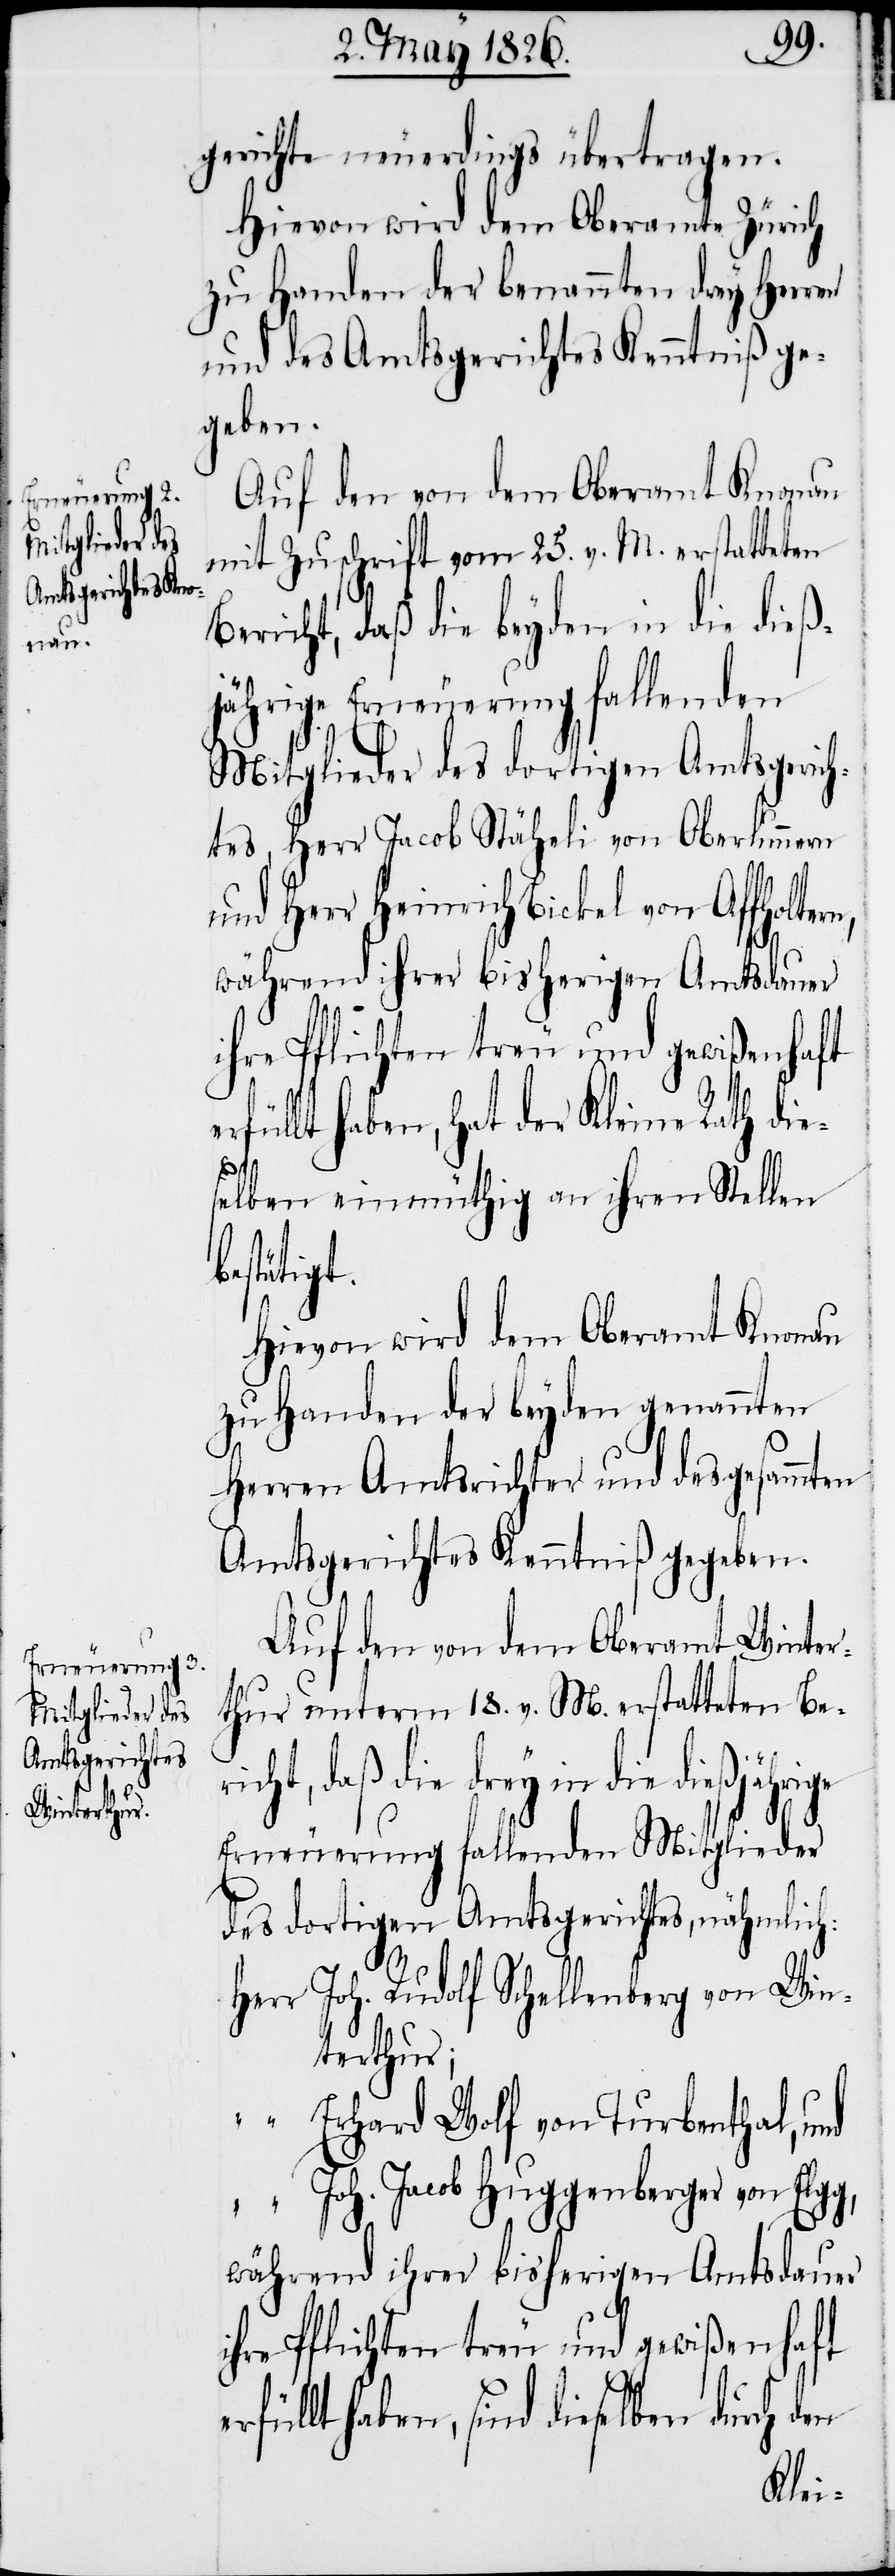
gerichte neuerdings übertragen.
Hievon wird dem Oberamt Zürich
zu Handen der benannten drey Herren
und des Amtsgerichtes Kenntniß ge¬
geben.
Auf den von dem Oberamt Knonau
mit Zuschrift vom 25. v. M. erstatteten
Bericht, daß die beyden in die dieß¬
jährige Erneuerung fallenden
Mitglieder des dortigen Amtsgerich¬
tes, Herr Jacob Stäheli von Oberlunnern
und Herr Heinrich Bickel von Affoltern,
während ihrer bisherigen Amtsdauer
ihre Pflichten treu und gewißenhaft
üllt haben, hat der Kleine Rath di¬
e¬
selben einmüthig an ihren Stellen
ätigt.
Hievon wird dem Oberamt Knonau
zu Handen der beyden genannten
Herrn Amtsrichter und des gesammten
Amtsgerichtes Kenntniß gegeben.
Auf den von dem Oberamt Winter¬
thur unterm 18. v. M. erstatteten Beri¬
cht, daß die drey in die
Erneuerung fallenden Mitglieder
des dortigen Amtsgerichtes, nähmlich:
Herr	Joh. Rudolf Schellenberg von Win¬
terthur;
“	Erhard Wolf von Turbenthal, und
“	Joh. Jacob Huggenberger von Elgg,
während ihrer bisherigen Amtsdauer
rfüllt haben, sind dieselben durch den